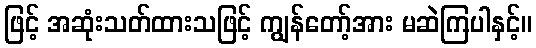
ဖြင့် အဆုံးသတ်ထားသဖြင့် ကျွန်တော့်အား မဆဲကြပါနှင့်။